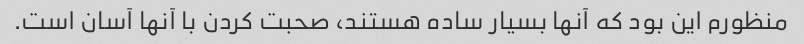
منظورم این بود که آنها بسیار ساده هستند، صحبت کردن با آنها آسان است.